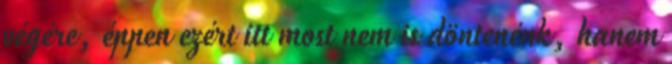
végére, éppen ezért itt most nem is döntenénk, hanem